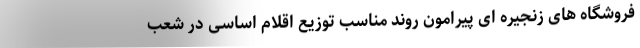
فروشگاه های زنجیره ای پیرامون روند مناسب توزیع اقلام اساسی در شعب